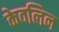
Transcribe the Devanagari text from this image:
केवलिन